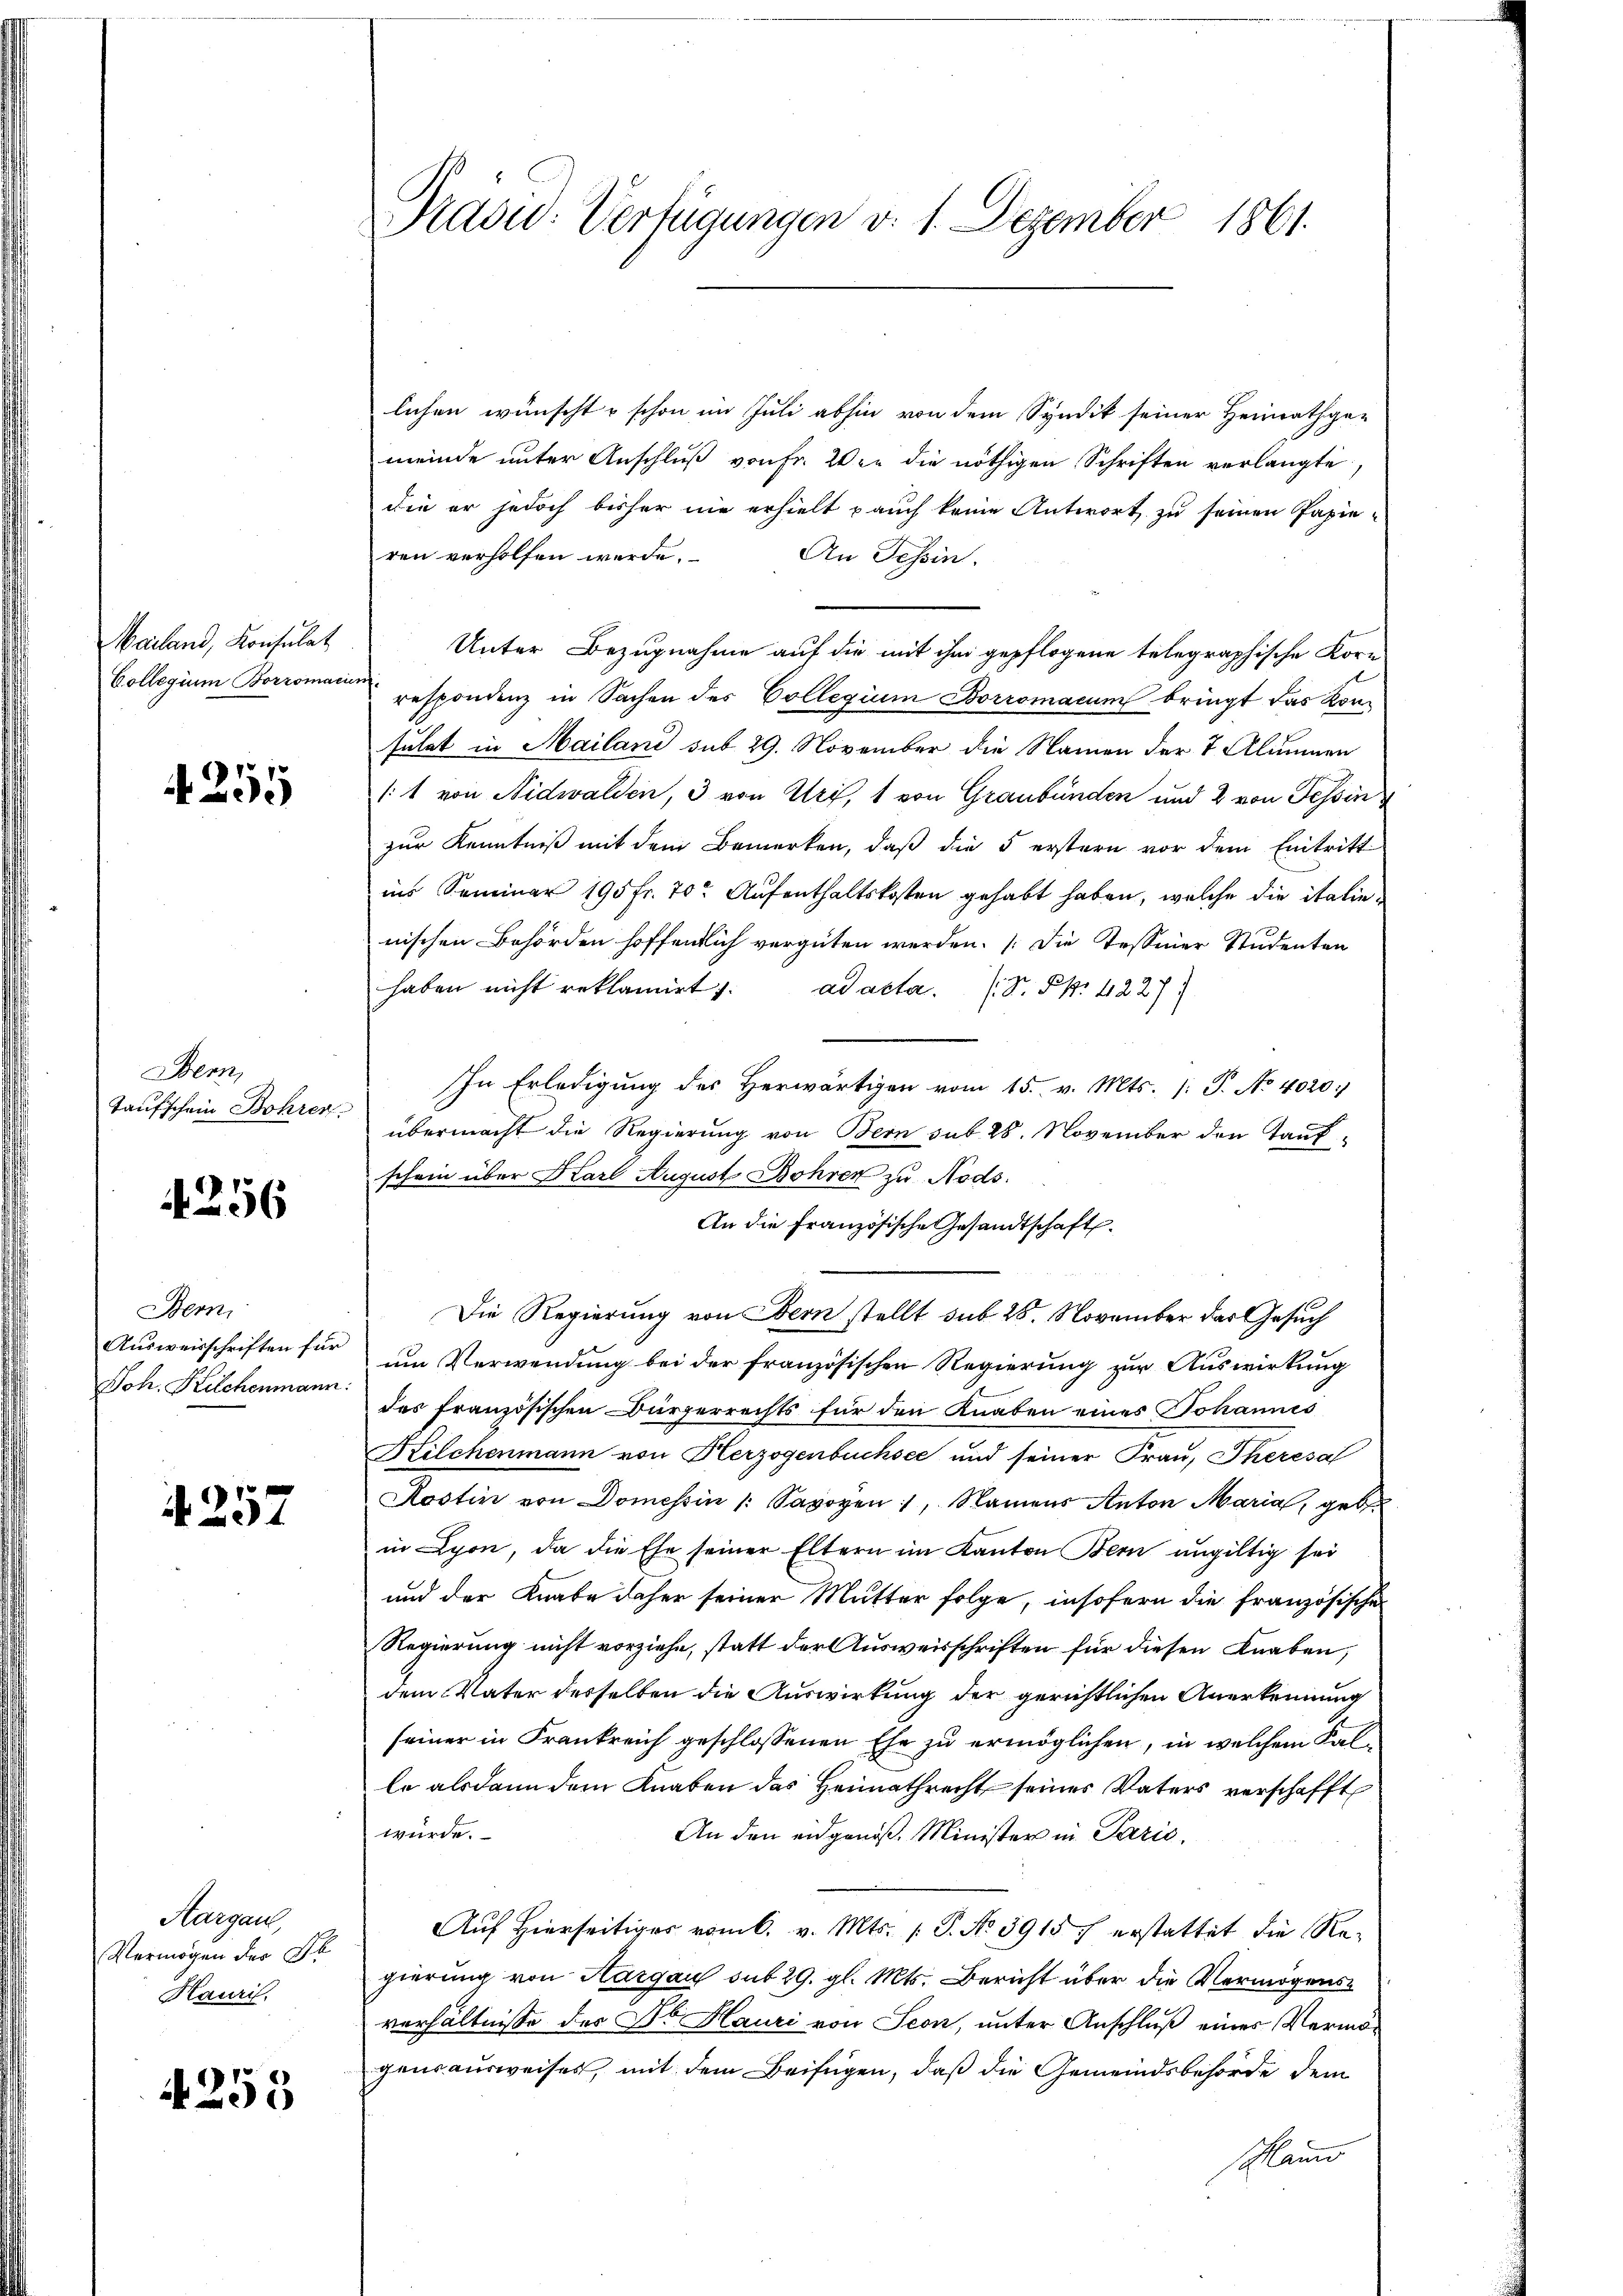
Mailand, Konsulat
Collegium Borromacun

4255

Wenn
Taufschein Bohren

4256

Bern,
Ausweisschriften für
Joh. Kelchenmann:

4257

Aargau,
Vermögen der Sr.
Hauris.

4253

Pradid: Verfügungen v. 1. Dezember 1861.

lichen wünscht u schon im Juli abhin von dem Syndik seiner Heimathge-
meinde unter Anschluß von Fr. Wie die nöthigen Schriften verlangte
die er jedoch bisher nie erhielt auch keine Antwort zu seinen Papie-
ren verholfen werde.
An Tessin.
Unter Bezugnahme auf die mit ihm gepflogene telegraphische Korn-
respondenz in Sachen des Collegium Borromacum bringt das Konsulat in Mailand sub 29. November die Namen der 7 Alumnen
1:1 von Nidwalden, 3 von Uri, 1 von Graubünden und 2 von Tessin
zur Kenntniß mit dem Bemerken, daß die 5 erstern vor dem Eintritt
ins Seminar 195 fr. 70. Aufenthaltskosten gehabt haben, welche die italinnischen Behörden hoffentlich vergüten werden. [Die Tessiner Studenten
haben nicht reklamirt 1. ad acta. (S. S. 4227
In Erledigung des Herwärtigen vom 15. v. Mts. (: P. No 4020
übermacht die Regierung von Bern sub 28. November den Tauf-
schein über Karl August Bohren zu Nods.
An die Französische Gesandtschaft.
Die Regierung von Bern stellt sub 28. November das Gesuch
um Verwendung bei der französischen Regierung zur Auswirkung
des französischen Bürgerrechts für den Knaben eines Johannes
Kilchenmann von Herzogenbüchsee und seiner Frau, Theresa
Rostin von Domessin /: Savoyen , Namens Anton Marial, geb.
in Lyon, da die Ehe seiner Eltern im Kanton Bern ungültig sei
und der Knabe daher seiner Mutter folge, insofern die französische
Regierung nicht vorziehe, statt der Ausweisschriften für diesen Knaben
dem Vater derselben die Auswirkung der gerichtlichen Anerkennung
seiner in Frankreich geschlossenen Ehe zu ermöglichen, in welchem Falle alsdann dem Knaben das Heimathrecht seines Vaters verschafft
würde.
An den eidgenöß. Minister in Parić,
Auf Hierseitiges vom 6. v. Mts. 1 S. No 59157 erstattet die Regierung von Aargau sub 29. gl. Mts. Bericht über die Vermögensverhältnisse des Dr Hauri von Seon, unter Anschluß eines Vermögensausweises, mit dem Beifügen, daß die Gemeindsbehörde dem
schland